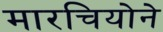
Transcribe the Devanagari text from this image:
मारचियोने